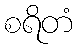
စရိတံ